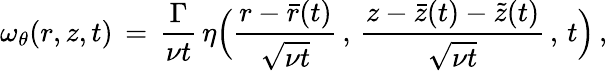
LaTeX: \omega_{\theta}(r,z,t)\, =\, \frac{\Gamma}{\nu t}\, \eta\Bigl(\frac{r-\bar{r}(t)}{\sqrt{\nu t}}\, ,\, \frac{z-\bar{z}(t)-\tilde{z}(t)}{\sqrt{\nu t}}\, ,\, t\Bigr)\, ,